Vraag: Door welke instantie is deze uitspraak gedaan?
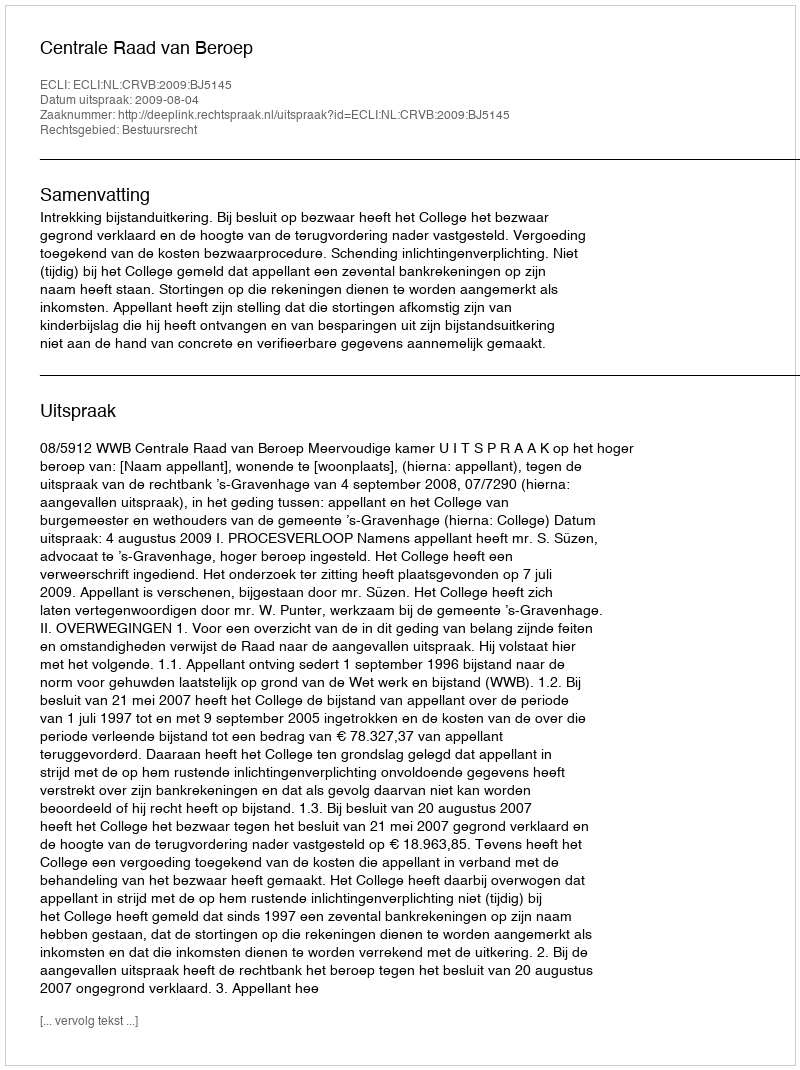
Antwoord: Centrale Raad van Beroep